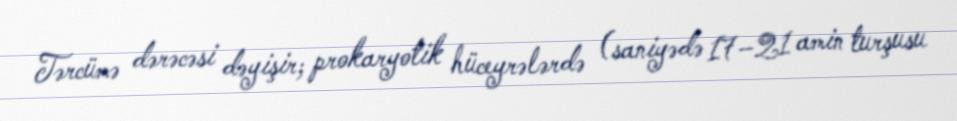
Tərcümə dərəcəsi dəyişir; prokaryotik hüceyrələrdə (saniyədə 17–21 amin turşusu